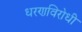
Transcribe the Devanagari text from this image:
धरणविरोधी